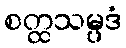
စတ္ထသမ္ပဒံ